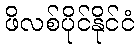
ဖိလစ်ပိုင်နိုင်ငံ